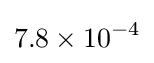
7.8\times 10^{-4}